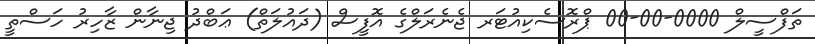
ތަފްސީލް 0000-00-00 ޕްރޮސެކިއުޓަރ ޖެނެރަލްގެ އޮފީސް (ދައުލަތް) ޢަބްދު ޖިނާން ޒާހިރު ހަސްތީ